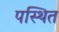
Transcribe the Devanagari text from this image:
पस्थित